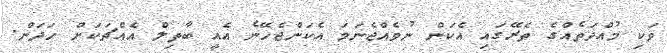
ވަކި މުއްދަތެއްގެ ތެރޭގައި އެކަން ނުވެއްޖެނަމަ އެކަންޖެހޭނެ އެއީ ބާތިލް އެއްޗަކަށް ހަދަން.